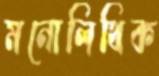
মনোলিথিক